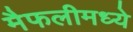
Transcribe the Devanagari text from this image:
मैफलीमध्ये